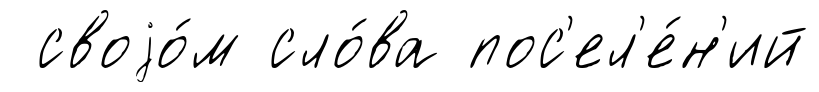
своjо́м сло́ва пос'ел'е́н'ий